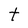
Character: t